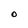
Character: O